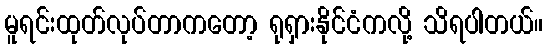
မူရင်းထုတ်လုပ်တာကတော့ ရုရှားနိုင်ငံကလို့ သိရပါတယ်။